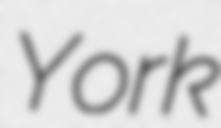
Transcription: York